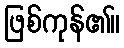
ဖြစ်ကုန်၏။